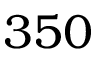
3 5 0